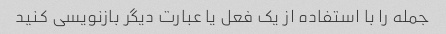
جمله را با استفاده از یک فعل یا عبارت دیگر بازنویسی کنید